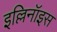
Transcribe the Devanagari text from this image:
इल्लिनॉइस